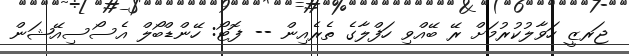
ޖަރޒީ ހަވާލުކުރުމަށް ރޭ ބޭއްވި ހަފްލާގެ ތެރެއިން -- ފޮޓޯ: ހޭންޑްބޯލް އެސޯސިއޭޝަން